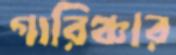
গারিঞ্চার